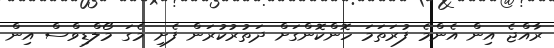
ރާއްޖެ އިން އެންމެ ފުރަތަމަ ހޮންކޮންގަށް ދަތުރުކުރަން ފެށި މެގަ މޯލްޑިވްސް އިން